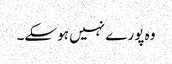
وہ پورے نہیں ہوسکے۔